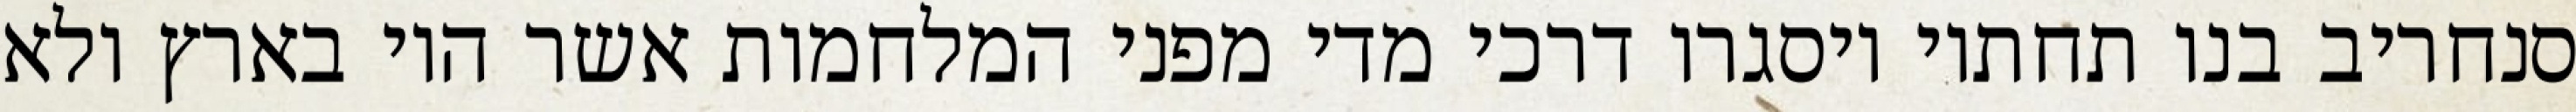
סנחריב בנו תחתיו ויסגרו דרכי מדי מפני המלחמות אשר היו בארץ ולא